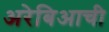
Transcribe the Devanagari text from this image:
अरेबिआची